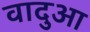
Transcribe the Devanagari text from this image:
वादुआ